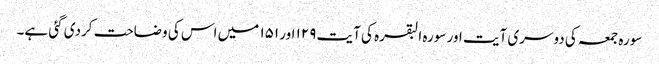
سورہ جمعہ کی دوسری آیت اور سورہ البقرہ کی آیت ۱۲۹ اور ۱۵۱ میں اس کی وضاحت کردی گئی ہے۔